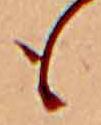
も